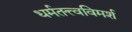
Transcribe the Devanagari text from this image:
धर्मतत्त्वविमर्श